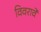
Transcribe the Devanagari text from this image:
विवरावे